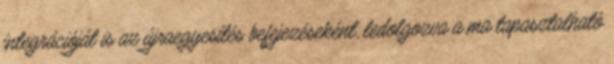
integrációját is az újraegyesítés befejezéseként, ledolgozva a ma tapasztalható